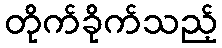
တိုက်ခိုက်သည့်